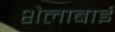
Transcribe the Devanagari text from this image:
शैलाबाई